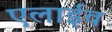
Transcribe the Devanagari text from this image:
एलाईव